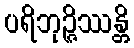
ပရိဘုဉ္ဇိဿန္တိ